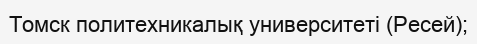
Томск политехникалық университеті (Ресей);